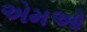
એમઓ